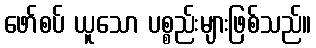
ဖော်စပ် ယူသော ပစ္စည်းများဖြစ်သည်။